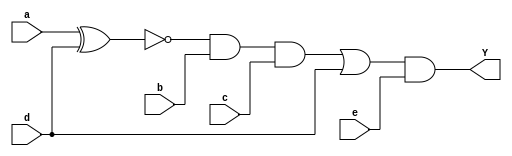
module f1 (a,b,c,d,e,Y);
input a,b,c,d,e;
output Y;
wire z1,z2,z3,z4;
xnor Xnor1(z1,a,d);
and And1(z2,z1,b,c);
or Or1(z3,z2,d);
and And2(z4,z3,e);
buf Buf1(Y,z4);
endmodule